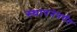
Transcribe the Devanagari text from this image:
स्थापनेपर्यंत